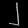
Digit: ၂